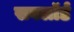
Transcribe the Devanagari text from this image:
सबलॉर्ड